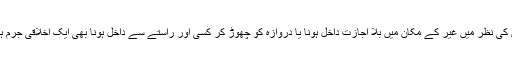
اس کى نظر ميں غير کے مکان ميں بلا اجازت داخل ہونا يا دروازہ کو چھوڑ کر کسى اور راستے سے داخل ہونا بھى ايک اخلاقى جرم ہے۔